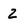
Character: 2